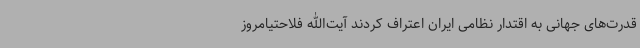
قدرت‌های جهانی به اقتدار نظامی ایران اعتراف کردند آیت‌الله فلاحتیامروز